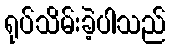
ရုပ်သိမ်းခဲ့ပါသည်